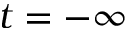
t = - \infty